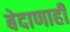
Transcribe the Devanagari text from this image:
बेदाणाही